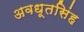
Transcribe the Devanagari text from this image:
अवधूतसिंह